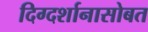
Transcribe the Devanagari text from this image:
दिग्दर्शानासोबत